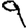
Digit: 9